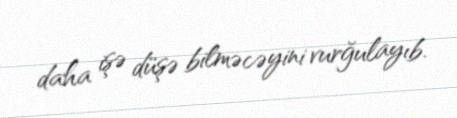
daha işə düşə bilməcəyini vurğulayıb.